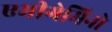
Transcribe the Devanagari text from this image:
एमीगेमिनो